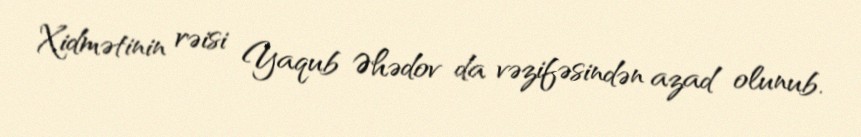
Xidmətinin rəisi Yaqub Əhədov da vəzifəsindən azad olunub.